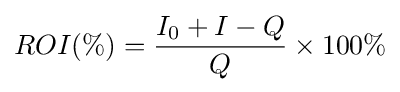
ROI(\%)={\frac {I_{0}+I-Q}{Q}}\times 100\%